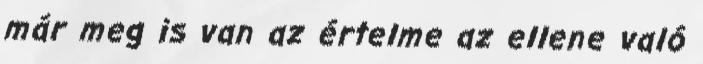
már meg is van az értelme az ellene való